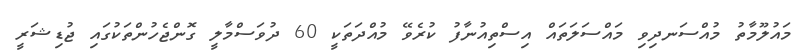
މައުލޫމާތު މުއްސަނދިވި މައްސަލަތައް އިސްތިއުނާފު ކުރެވޭ މުއްދަތަކީ 60 ދުވަސްމާލީ ގޮންޖެހުންތަކުގައި ޖުޑިޝަރީ